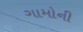
ગામોની